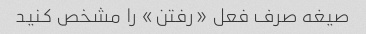
صیغه صرف فعل «رفتن» را مشخص کنید